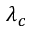
\lambda _ { c }